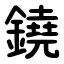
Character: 鐃